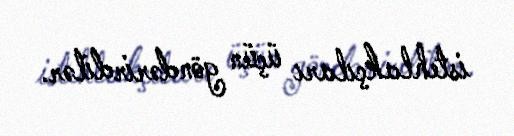
istehlakçıları üçün göndərirdilər.